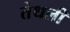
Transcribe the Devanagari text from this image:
तेथली